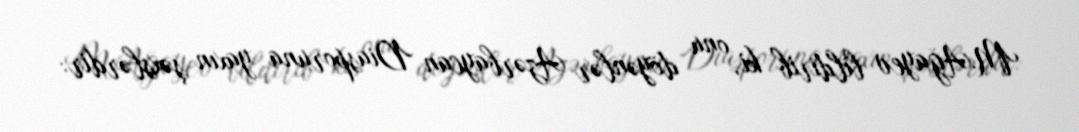
M.Ağayev bildirib ki, onu döyənlər Azərbaycan Diasporuna yaxın şəxslərdir: